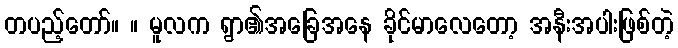
တပည့်တော်။ ။ မူလက ရွာ၏အခြေအနေ ခိုင်မာလေတော့ အနီးအပါးဖြစ်တဲ့